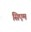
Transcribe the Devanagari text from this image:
सिएम